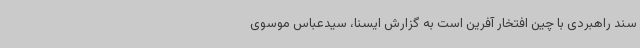
سند راهبردی با چین افتخار آفرین است به گزارش ایسنا، سیدعباس موسوی